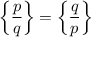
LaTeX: \left\{ { \frac { p } { q } } \right\} = \left\{ { \frac { q } { p } } \right\}